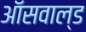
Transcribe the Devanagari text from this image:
ऑसवाल्ड